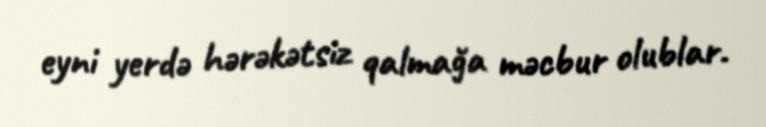
eyni yerdə hərəkətsiz qalmağa məcbur olublar.